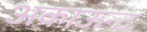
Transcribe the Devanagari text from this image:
अकाऊन्ट